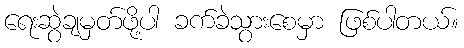
ရေးဆွဲချမှတ်ဖို့ပါ ခက်ခဲသွားစေမှာ ဖြစ်ပါတယ်။